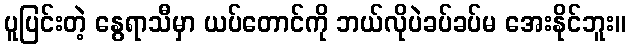
ပူပြင်းတဲ့ နွေရာသီမှာ ယပ်တောင်ကို ဘယ်လိုပဲခပ်ခပ်မ အေးနိုင်ဘူး။